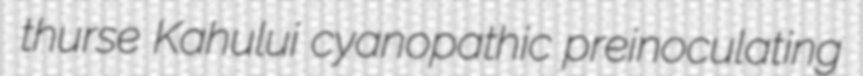
thurse Kahului cyanopathic preinoculating